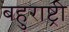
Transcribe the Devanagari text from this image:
बहुराष्ट्री